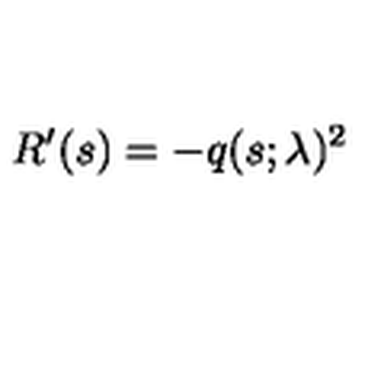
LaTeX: R ^ { \prime } ( s ) = - q ( s ; \lambda ) ^ { 2 }